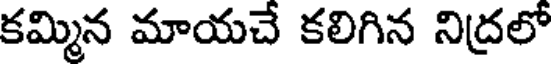
కమ్మిన మాయచే కలిగిన నిద్రలో